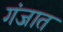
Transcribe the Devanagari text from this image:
गंजात